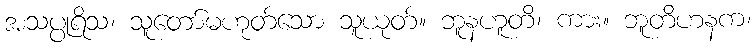
အသပ္ပုရိသ၊ သူတော်မဟုတ်သော သူယုတ်။ ဘူနဟူတိ၊ ကား။ ဘူတိဟနက၊